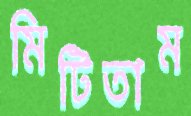
মিটিতাম